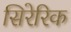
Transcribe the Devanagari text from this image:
सिरेरिक